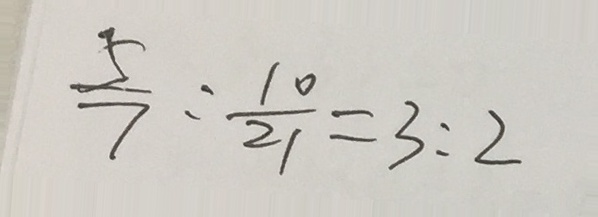
\frac { 5 } { 7 } : \frac { 1 0 } { 2 1 } = 3 : 2